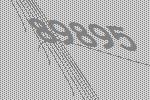
89895